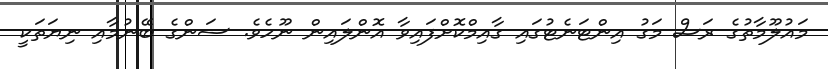
މައުލޫމާތުގެ ރަސް މަގު އިންޓަނެޓުގައި ގާއިމްކޮށްފައިވާ އޮންލައިން ނޫހެވެ. ސަންގެ ބޭނުމާއި ނިޔަތަކީ